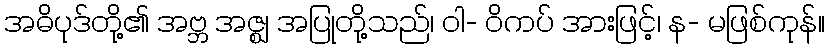
အဓိပုဒ်တို့၏ အဗ္ဘ အဇ္ဈ အပြုတို့သည်၊ ဝါ- ဝိကပ် အားဖြင့်၊ န- မဖြစ်ကုန်။